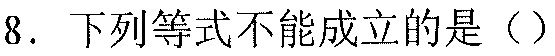
8. 下列等式不能成立的是（）